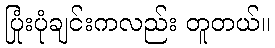
ပြုံးပုံချင်းကလည်း တူတယ်။